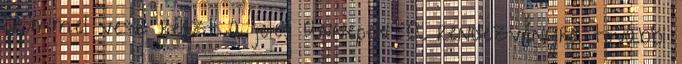
örömmel vesz részt a jeles ünnepen. A rendezvényrôl további